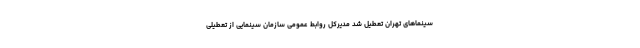
سینماهای تهران تعطیل شد مدیرکل روابط عمومی سازمان سینمایی از تعطیلی